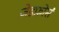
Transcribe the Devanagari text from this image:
जेडफ़ोर्स